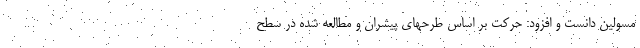
مسولین دانست و افزود: حرکت بر اساس طرحهای پیشران و مطالعه شده در سطح